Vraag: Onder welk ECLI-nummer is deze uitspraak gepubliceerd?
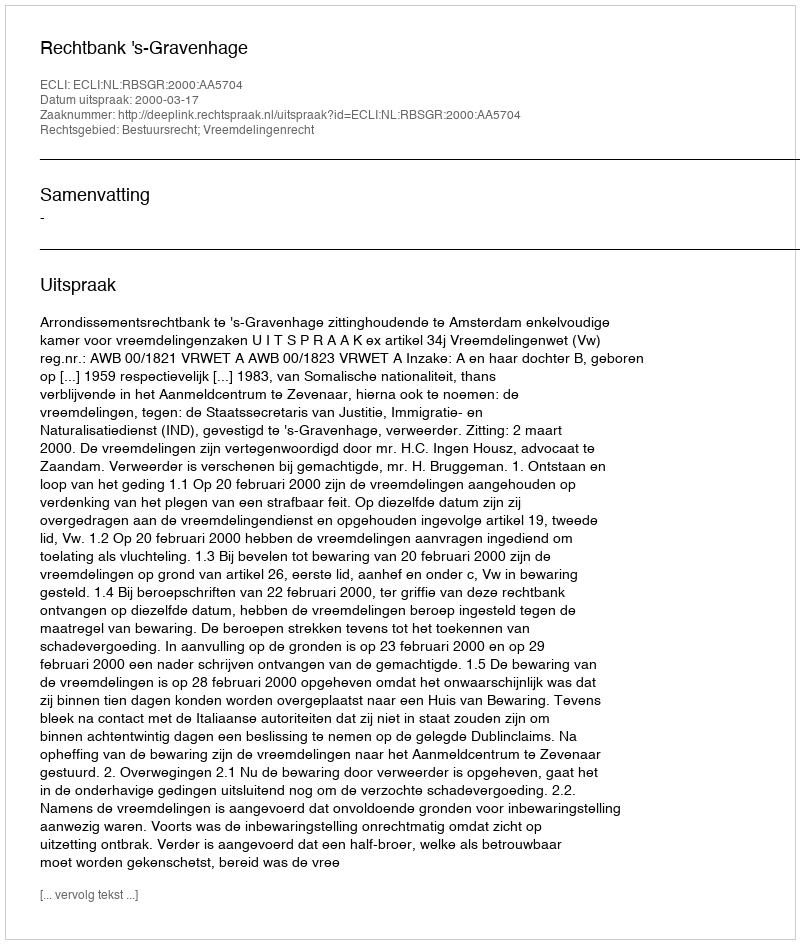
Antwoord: ECLI:NL:RBSGR:2000:AA5704